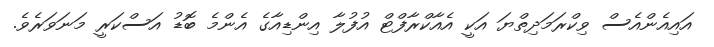
އައިއެންއެސް ވިކްރަމަދިތްޔަ އަކީ އެއާކްރާފްޓް އުފުލާ އިންޑިއާގެ އެންމެ ބޮޑު އަސްކަރީ މަނަވަރެވެ.